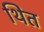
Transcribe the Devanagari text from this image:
थित